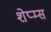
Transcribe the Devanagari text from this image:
शेप्म्स